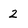
Character: 2